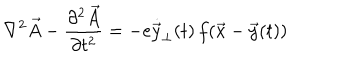
LaTeX: \nabla ^ { 2 } \vec { A } - { \frac { \partial ^ { 2 } \vec { A } } { \partial t ^ { 2 } } } = - e \dot { \vec { y } } _ { \perp } ( t ) \, f ( \vec { x } - \vec { y } ( t ) )